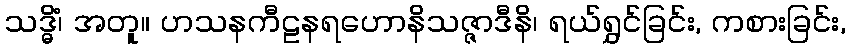
သဒ္ဓိံ၊ အတူ။ ဟသနကီဠနရဟောနိသဇ္ဇာဒီနိ၊ ရယ်ရွှင်ခြင်း, ကစားခြင်း,